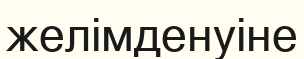
желімденуіне